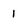
Character: 1